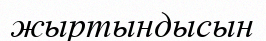
жыртындысын